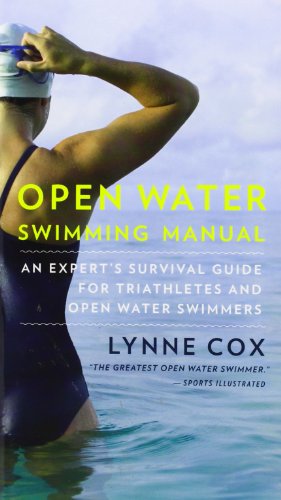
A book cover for Open Water Swimming Manual: An Expert's Survival Guide for Triathletes and Open Water Swimmers (Vintage Originals); Lynne Cox; Health, Fitness & Dieting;